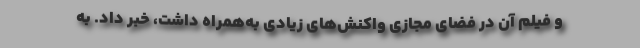
و فیلم آن در فضای مجازی واکنش‌های زیادی به‌همراه داشت، خبر داد. به